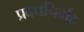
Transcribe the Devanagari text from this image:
प्रबधनिर्वाह